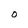
Character: O